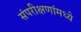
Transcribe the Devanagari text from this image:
संपरीक्षणांमध्ये